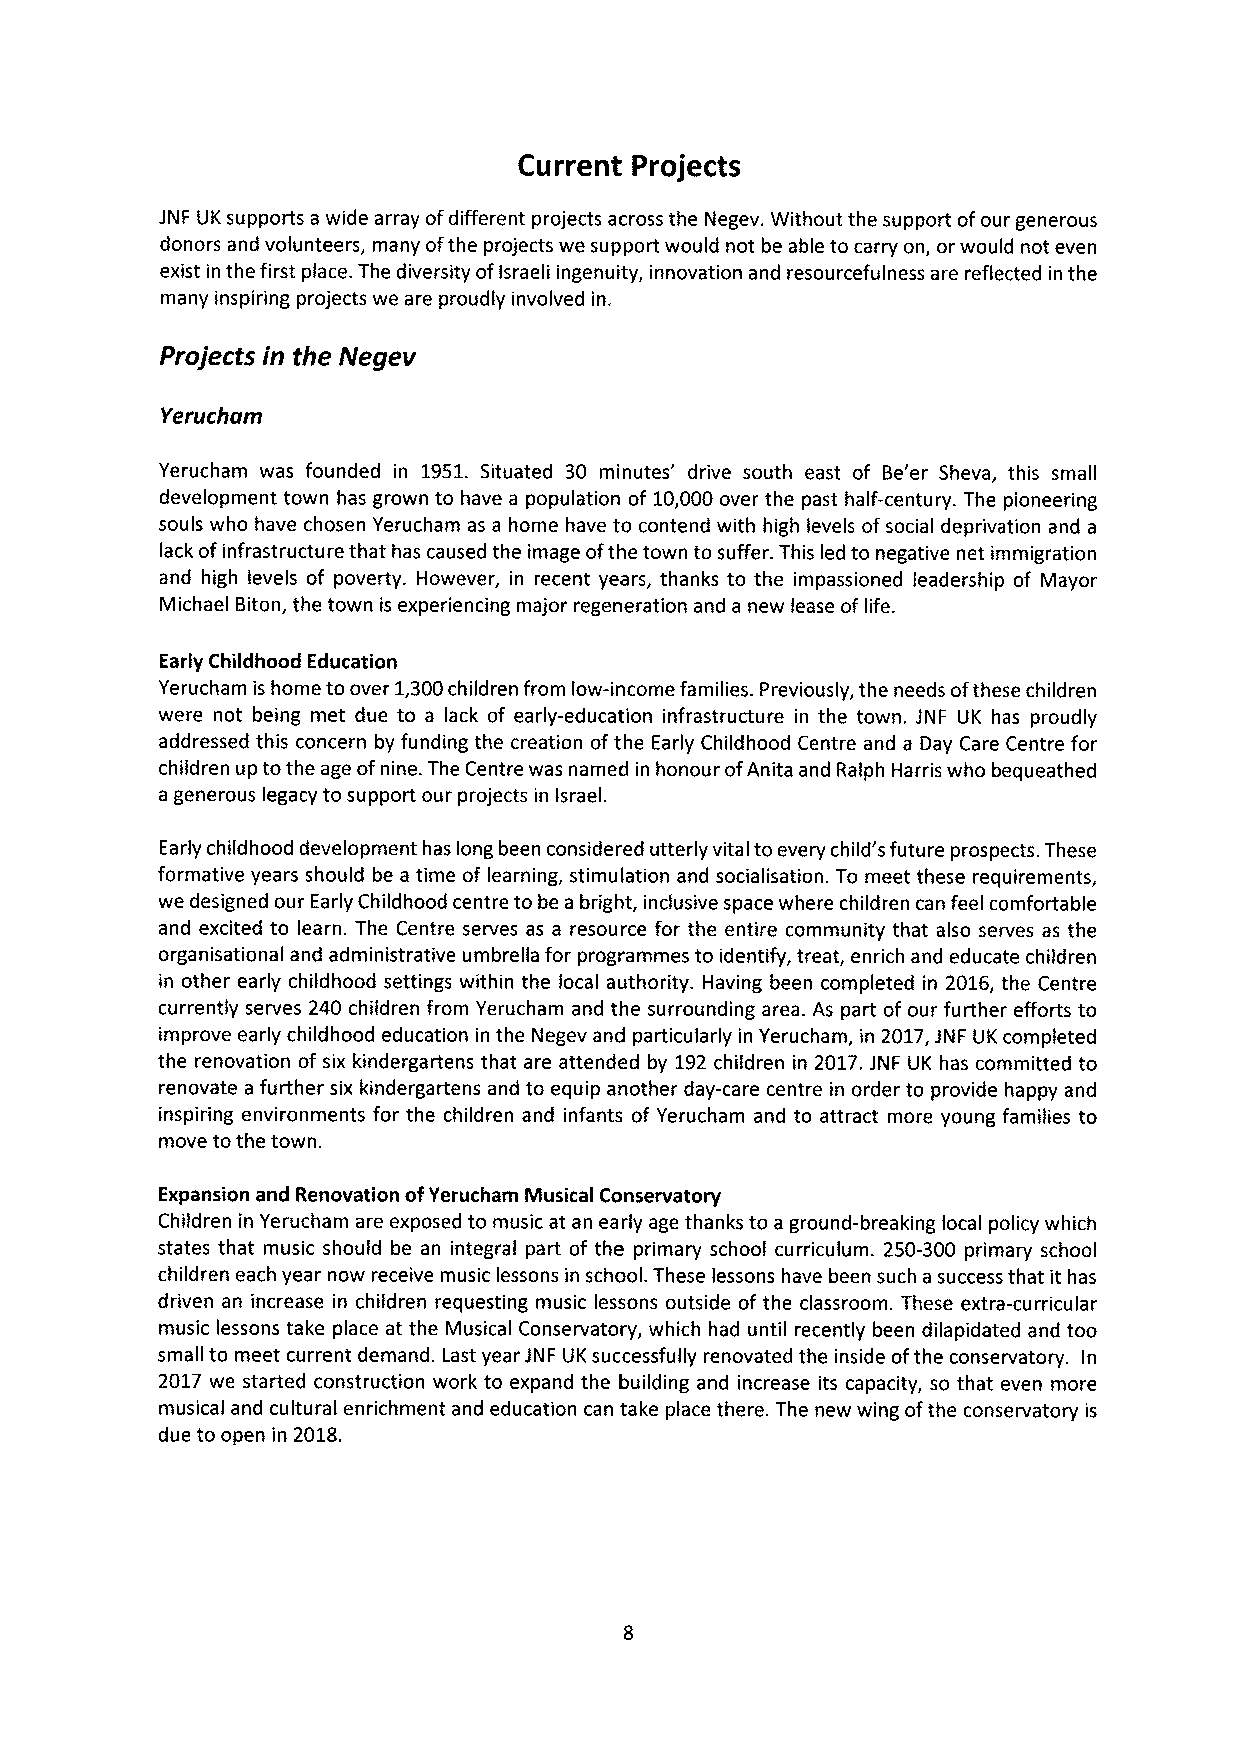
Current Projects
 JNF UK supports a wide array ofdifferent projects across the Negev. Without the support ofour generous
 donors and volunteers, many ofthe projects we support would not be able to carry on, or would not even
 exist in the first place. The diversity ofIsraeli ingenuity, innovation and resourcefulness are reflected in the
 many inspiring projects we are proudly involved in.
 Projectsin the Negev
 Yerucham
 Yerucham was founded in 1951. Situated 30 minutes' drive south east of Be'er Sheva, this small
 development town has grown to have a population of 10,000over the past half-century. The pioneering
 souls who have chosen Yerucham as a home have to contend with high levels ofsocial deprivation and a
 lack ofinfrastructure that has caused the image ofthe town to suffer. This led to negative net immigration
 and high levels of poverty. However, in recent years, thanks to the impassioned leadership of Mayor
 Michael Biton, the town is experiencing major regeneration and a new lease of life.
 Early Childhood Education
 Yerucham is home to over 1,300children from low-income families. Previously, the needs ofthese children
 were not being met due to a lack of early-education infrastructure in the town. JNF UK has proudly
 addressed this concern by funding the creation ofthe Early Childhood Centre and a Day Care Centre for
 children up to the age ofnine. The Centre was named in honour ofAnita and Ralph Harris who bequeathed
 a generous legacy to support our projects in Israel.
 Early childhood development has long been considered utterly vital to every child's future prospects. These
 formative years should be a time of learning, stimulation and socialisation. To meet these requirements,
 we designed our Early Childhood centre to be a bright, inclusive space where children can feel comfortable
 and excited to learn. The Centre serves as a resource for the entire community that also serves as the
 organisational and administrative umbrella for programmes to identify, treat, enrich and educate children
 in other early childhood settings within the local authority. Having been completed in 2016, the Centre
 currently serves 240 children from Yerucham and the surrounding area. As part of our further efforts to
 improve early childhood education in the Negev and particularly in Yerucham, in 2017,JNF UK completed
 the renovation of six kindergartens that are attended by 192children in 2017.JNF UK has committed to
 renovate a further six kindergartens and to equip another day-care centre in order to provide happy and
 inspiring environments for the children and infants of Yerucham and to attract more young families to
 move to the town.
 Expansion and Renovation ofYerucham Musical Conservatory
 Children in Yerucham are exposed to music at an early age thanks to a ground-breaking loca! policy which
 states that music should be an integral part of the primary school curriculum. 250-300 primary school
 children each year now receive music lessons in school. These lessons have been such a success that it has
 driven an increase in children requesting music lessons outside of the classroom. These extra-curricular
 music lessons take place at the Musical Conservatory, which had until recently been dilapidated and too
 small to meet current demand. Last year JNF UK successfully renovated the inside ofthe conservatory. In
 2017 we started construction work to expand the building and increase its capacity, so that even more
 musical and cultural enrichment and education can take place there. The new wing ofthe conservatory is
 due to open in 2018.